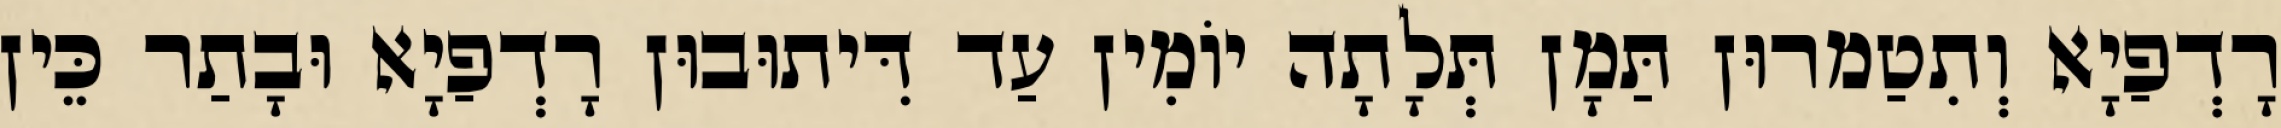
רָדְפַיָא וְתִטַמרוּן תַּמָן תְּלָתָה יוֹמִין עַד דִּיתוּבוּן רָדְפַיָא וּבָתַר כֵּין